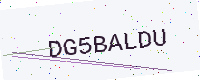
Text: DG5BALDU